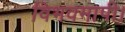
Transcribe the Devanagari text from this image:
विभवमापी।